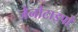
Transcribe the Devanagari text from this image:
जेनोटाइपों